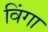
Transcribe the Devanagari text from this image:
विंगा